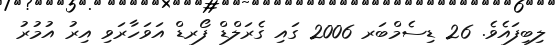
ލިބިފައެވެ. 26 ޑިސެމްބަރ 2006 ގައި ގެރަލްޑް ފޯރޑް އަވަހާރަވި އިރު އުމުރު